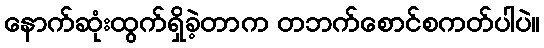
နောက်ဆုံးထွက်ရှိခဲ့တာက တဘက်စောင်စကတ်ပါပဲ။